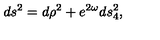
d s ^ { 2 } = d \rho ^ { 2 } + e ^ { 2 \omega } d s _ { 4 } ^ { 2 } ,